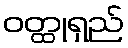
ဝတ္ထုရှည်